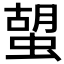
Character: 𧍵